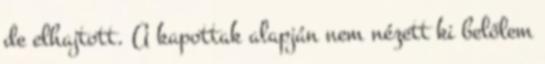
de elhajtott. A kapottak alapján nem nézett ki belőlem